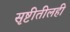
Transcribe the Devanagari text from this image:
सृष्टीतीलही